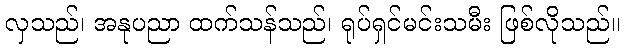
လှသည်၊ အနုပညာ ထက်သန်သည်၊ ရုပ်ရှင်မင်းသမီး ဖြစ်လိုသည်။